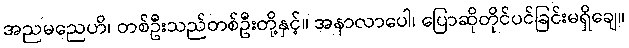
အညမညေဟိ၊ တစ်ဦးသည်တစ်ဦးတို့နှင့်။ အနာလာပေါ၊ ပြောဆိုတိုင်ပင်ခြင်းမရှိချေ။